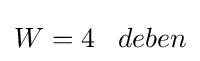
W=4\;\;\;deben